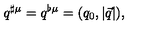
q ^ { \sharp \mu } = q ^ { \flat \mu } = ( q _ { 0 } , \left| \vec { q } \right| ) ,